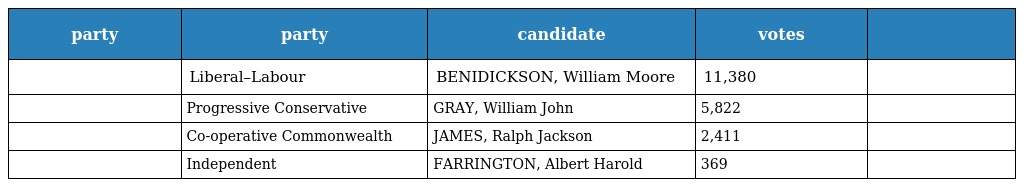
| party | party | candidate | votes |  |
 | --- | --- | --- | --- | --- |
 |  | Liberal–Labour | BENIDICKSON, William Moore | 11,380 |  |
 |  | Progressive Conservative | GRAY, William John | 5,822 |  |
 |  | Co-operative Commonwealth | JAMES, Ralph Jackson | 2,411 |  |
 |  | Independent | FARRINGTON, Albert Harold | 369 |  |